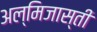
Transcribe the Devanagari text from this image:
अल्मिजास्ती